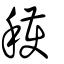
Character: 穫